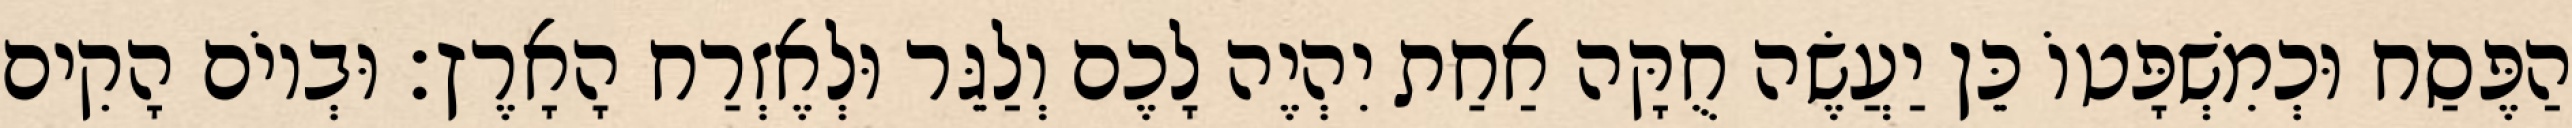
הַפֶּסַח וּכְמִשְׁפָּטוֹ כֵּן יַעֲשֶׂה חֻקָּה אַחַת יִהְיֶה לָכֶם וְלַגֵּר וּלְאֶזְרַח הָאָרֶץ׃ וּבְיוֹם הָקִים